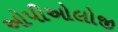
ઓપીઓલોજી